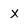
Character: x